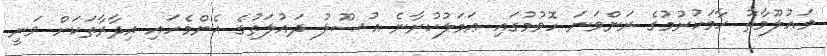
މަޢުލޫމާތު ހާމަކުރުމުގެ ރަންވަނަ ހޮވުމުގައި ޢަމަލުކުރާނެ އުޞޫލު ދައުލަތުގެ އެންމެހައި އިދާރާތަކަށް ވަނީ